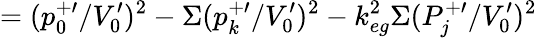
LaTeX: =(p_{0}^{+\prime}/V_{0}^{\prime})^{2}-\Sigma(p_{k}^{+\prime}/V_{0}^{\prime})^{2}-k_{eg}^{2}\Sigma(P_{j}^{+\prime}/V_{0}^{\prime})^{2}